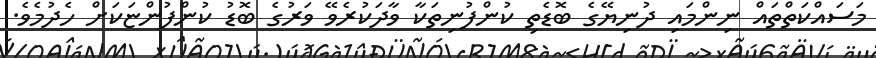
މަސައްކަތްތައް ނިންމައި ދުނިޔޭގެ ބޮޑެތި ކުންފުނިތަކާ ވާދަކުރެވޭ ވަރުގެ ބޮޑު ކުންފުންޏަކަށް ހެދުމެވެ.